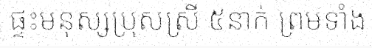
ផ្ទះមនុស្សប្រុសស្រី ៥នាក់ ព្រមទាំង